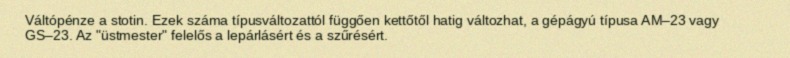
Váltópénze a stotin. Ezek száma típusváltozattól függően kettőtől hatig változhat, a gépágyú típusa AM–23 vagy GS–23. Az "üstmester" felelős a lepárlásért és a szűrésért.